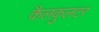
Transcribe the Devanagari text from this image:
कैलकुलटर